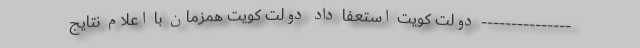
--------------- دولت کویت استعفا داد دولت کویت همزمان با اعلام نتایج